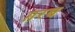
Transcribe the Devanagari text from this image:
ग़रब